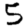
Digit: 5